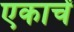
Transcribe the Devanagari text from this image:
एकाचें